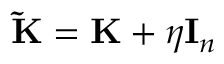
{ \mathbf { \tilde { K } } } = \mathbf K + \eta \mathbf I _ { n }